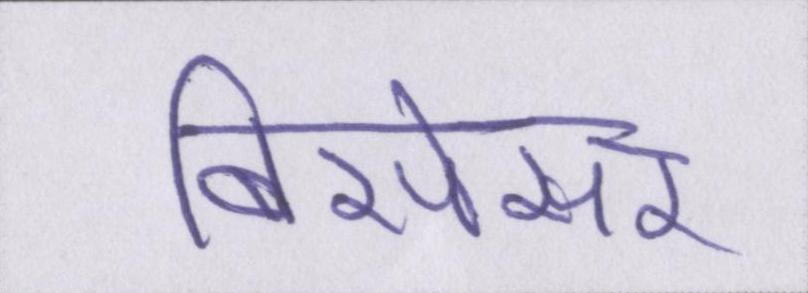
बिसेसर